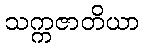
သက္ကဇာတိယာ